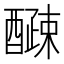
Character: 𫑽